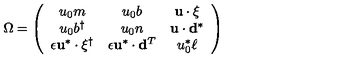
\Omega = \left( \begin{array} { c c c } { u _ { 0 } m } & { u _ { 0 } b } & { { \bf u } \cdot \mathrm { \boldmath \xi } } \\ { u _ { 0 } b ^ { \dag } } & { u _ { 0 } n } & { { \bf u } \cdot { \bf d } ^ { * } } \\ { \epsilon { \bf u } ^ { * } \cdot \mathrm { \boldmath \xi } ^ { \dag } } & { \epsilon { \bf u } ^ { * } \cdot { \bf d } ^ { T } } & { u _ { 0 } ^ { * } \ell } \\ \end{array} \right)